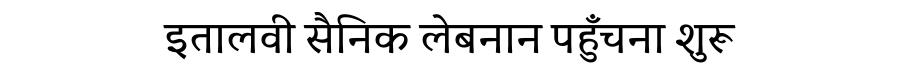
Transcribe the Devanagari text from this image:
इतालवी सैनिक लेबनान पहुँचना शुरू